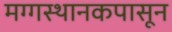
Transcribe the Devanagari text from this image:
मग्गस्थानकपासून